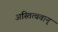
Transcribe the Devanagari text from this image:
अस्तित्ववान्‌